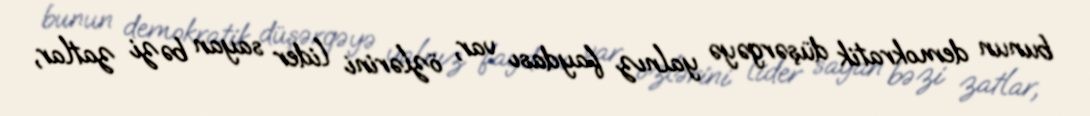
bunun demokratik düşərgəyə yalnız faydası var, özlərini lider sayan bəzi zatlar,